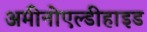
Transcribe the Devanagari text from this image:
अमीनोएल्डीहाइड